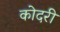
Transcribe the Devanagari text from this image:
कोदरी